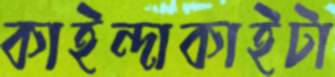
কাইন্দাকাইটা